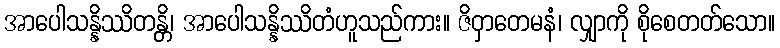
အာပေါသန္နိဿိတန္တိ၊ အာပေါသန္နိဿိတံဟူသည်ကား။ ဇိဝှာတေမနံ၊ လျှာကို စိုစေတတ်သော။